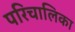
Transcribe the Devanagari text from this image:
परिचालिका